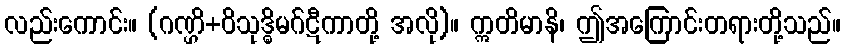
လည်းကောင်း။ (ဂဏ္ဌိ+ဝိသုဒ္ဓိမဂ်ဋီကာတို့ အလို)။ ဣတိမာနိ၊ ဤအကြောင်းတရားတို့သည်။